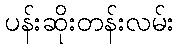
ပန်းဆိုးတန်းလမ်း